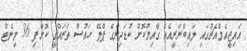
އައިޖީއެމްއެޗުގައި ލައިބްރަރީއެއް ގާއިމުކޮށް ކުޑަދިންގެ ޕްލޭ ހައުސް ތަރައްގީ ކޮށްފި 36 މިނެޓް